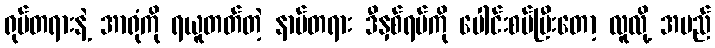
ရုပ်တရားနဲ့ အာရုံကို ရယူတတ်တဲ့ နာမ်တရား ဒီနှစ်ရပ်ကို ပေါင်းစပ်ပြီးတော့ လူလို့ အမည်